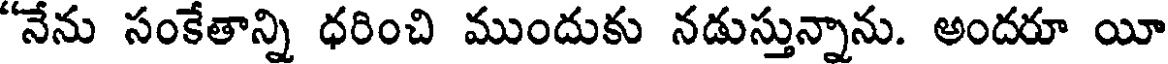
"నేను సంకేతాన్ని ధరించి ముందుకు నడుస్తున్నాను. అందరూ యీ